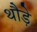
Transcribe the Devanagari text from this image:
थौड़े